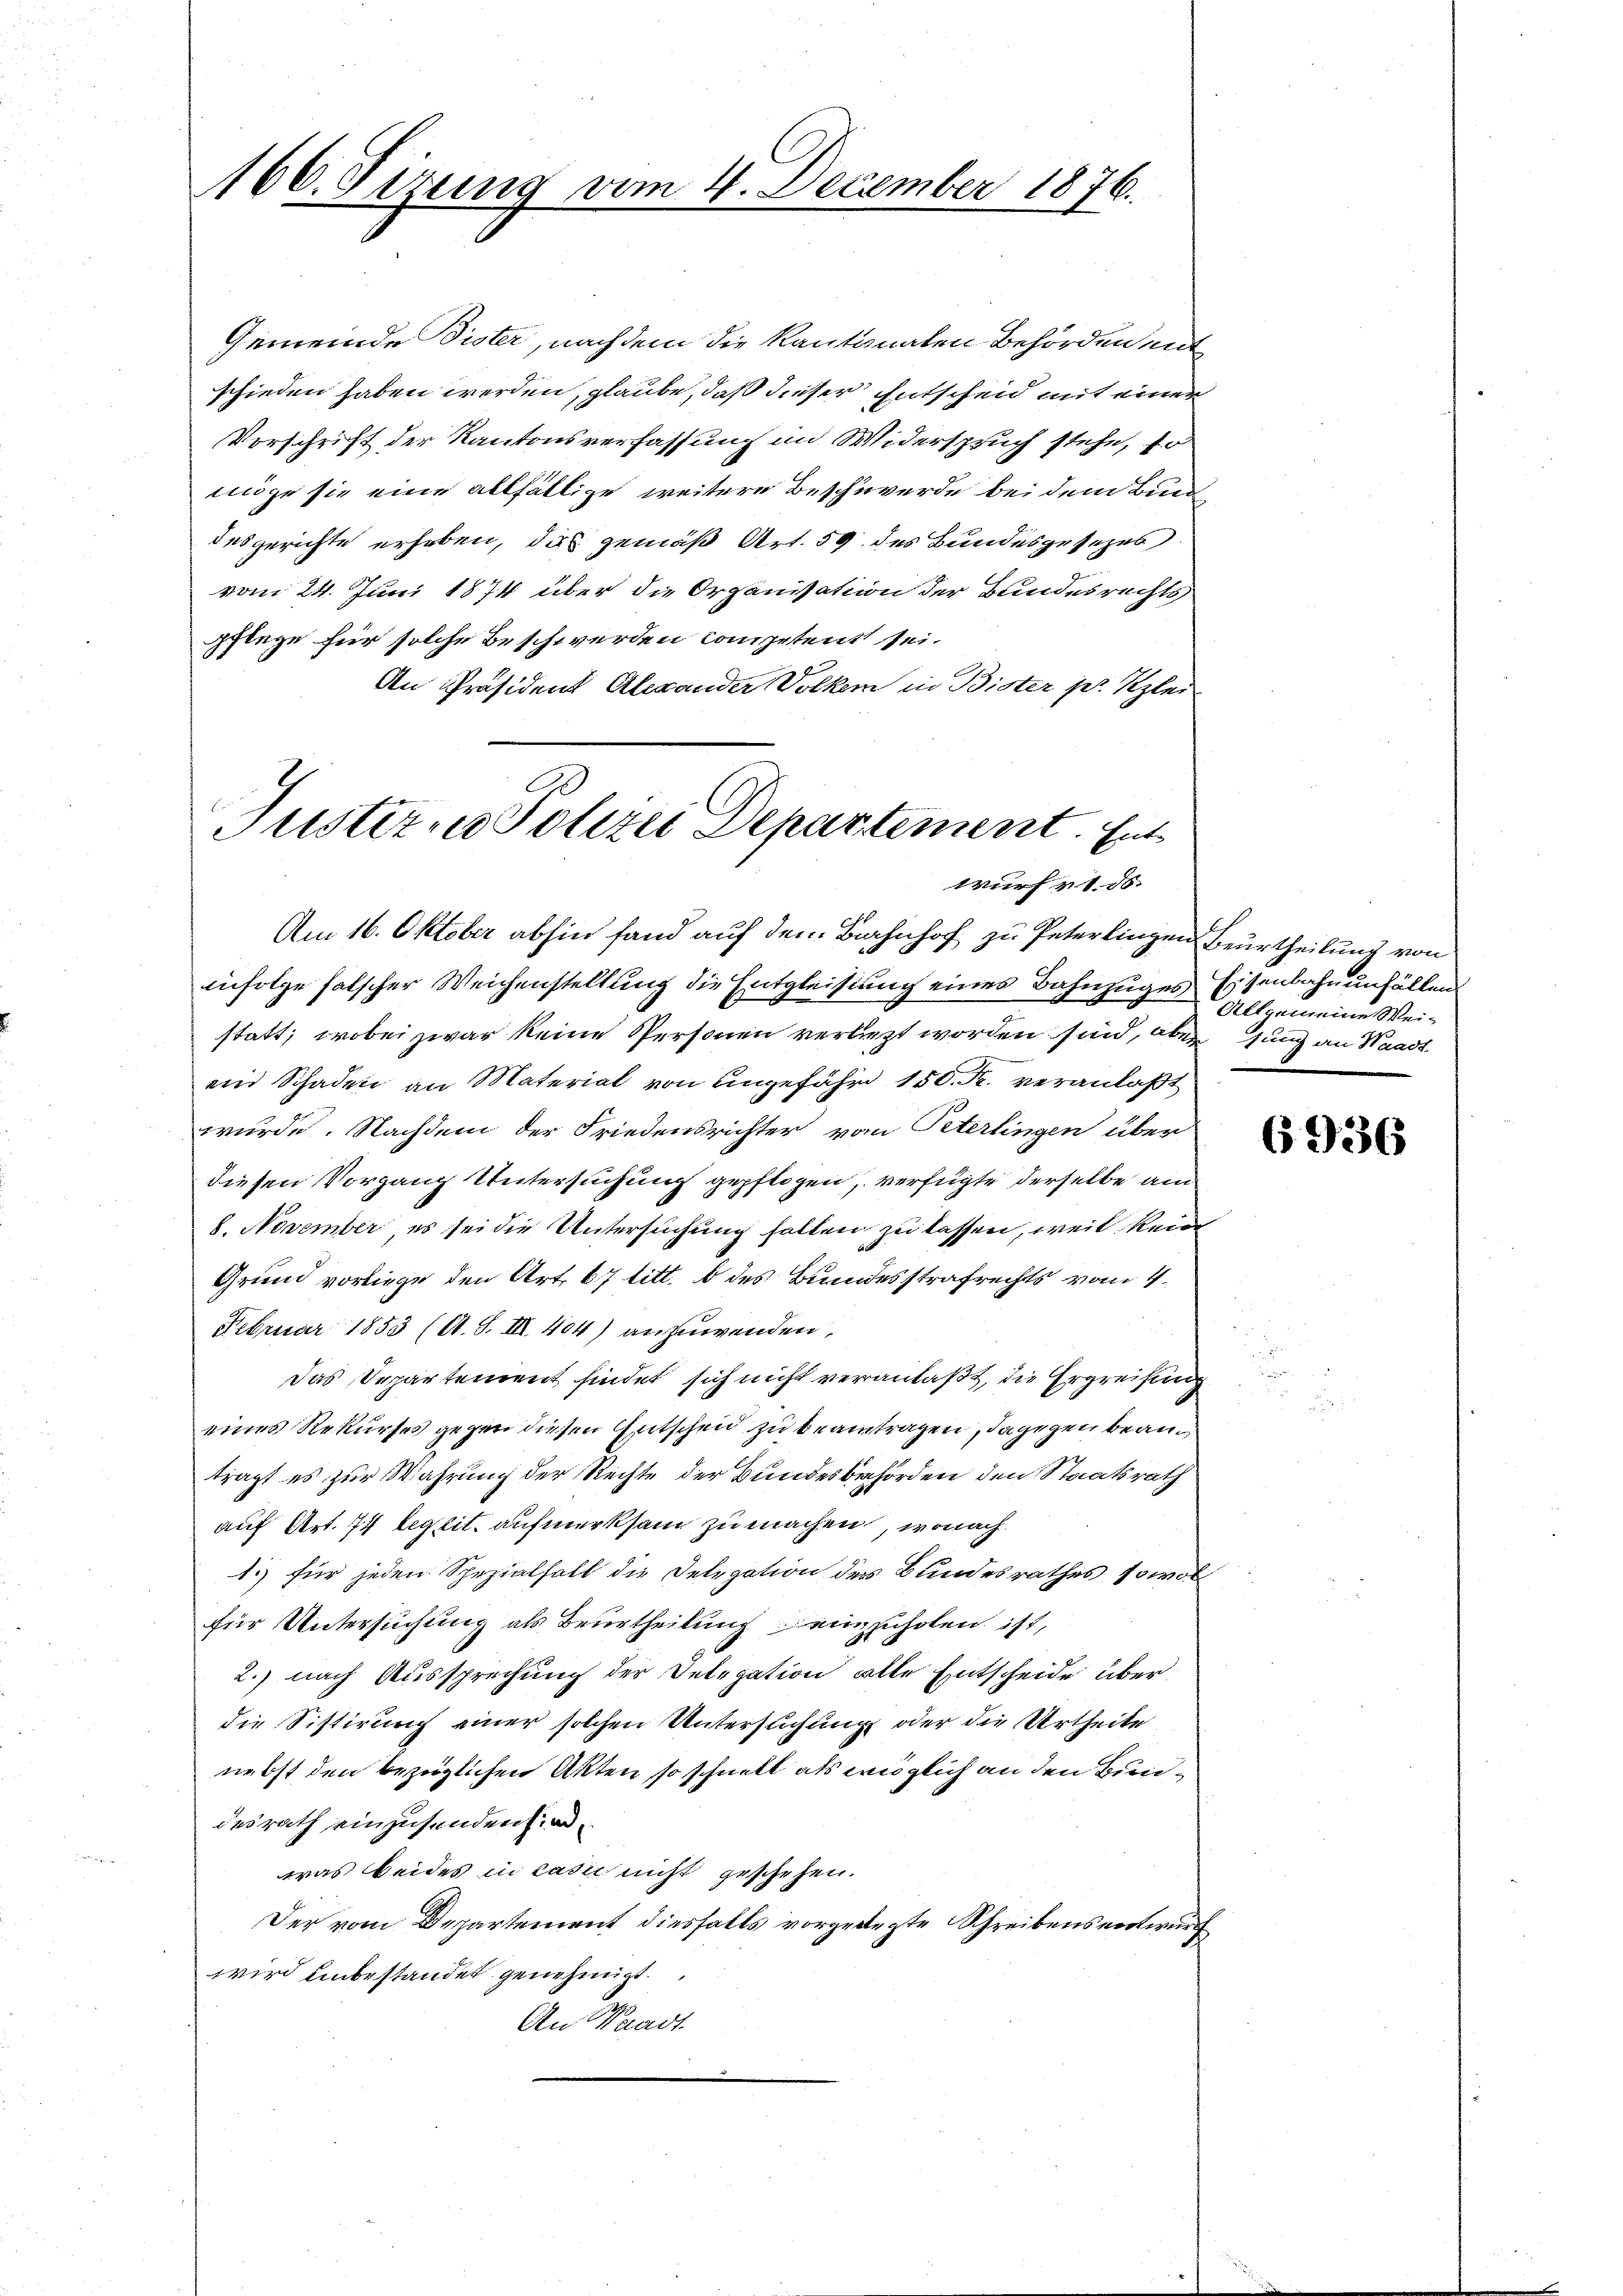
166. Sizung vom 4. December 1876.

Gemeinde Dister, nachdem die Kantonalen Behörden ent
schieden haben werden, glaube, daß dieser Entscheid mit einer
Vorschrift der Kantonsverfassung im Widerspruch stehe, so
möge sie eine allfällige weitere Beschwerde bei dem Bund
desgerichte erhoben, das gemäß Art. 59 des Bundesgesezes
vom 24. Juni 1874 über die Organisation der Bundesrechts
pflege für solche Beschwerden competent sei.
An Präsident Alexander Volkem in Bister pr. Klei¬

Justiz, Polizei Departement. Ent
wurf rt. 86.

Am 16. Oktober abhin fand auf dem Bahnhof zu Peterlingen Beurtheilung von
infolge falscher Weichenstellung die Entgleistung eines Bahnzuges Eisenbahnenfällen
statt; wobei zwar keine Personen verliegt worden sind, aber jung an Waadt
ein Schaden an Material von angefähr 150. Fr. veranlaßt
wurde. Nachdem der Friedensrichter vom Peterlingen über
diesen Vorgang Untersuchung gepflogen, verfügte derselbe am
8. November, es sei die Untersuchung halten zu lassen, weil kein
Grund vorliege den Art. 67 litt. b des Bundesstrafrechts vom 4.
Februar 1853 (O. S. III. 404) anzuwenden,
Das Separtement findet sich nicht veranlaßt, die Ergreifung
eines Rekurses gegen diesen Entscheid zu beantragen, dagegen bean
trägt es zur Wahrung der Rechte der Bundesbehörden den Staatsrath
auf Art. 74 legit. aufmerksam zu machen, wonach
1. für jeden Spezialfall die Delegation des Bundesrathes, sowol
für Untersuchung als Beurtheilung einzuholen ist,
2. nach Aussprechung der Delegation alle Entscheide über
die Sistirung einer solchen Untersuchung oder die Urtheile
nebst den bezüglichen Akten so schnell als möglich an den Bundesrath einzusenden sind.
was beides in Casie nicht geschehen.
Der vom Departement diesfalls vorgelegte Schreibensentwurf
wird unbestandet genehmigt.
An Waadt.

Allgemeine Wei-

6936